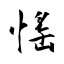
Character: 愮